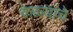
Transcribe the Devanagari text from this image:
केळ्यांचे